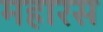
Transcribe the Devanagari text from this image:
महारस